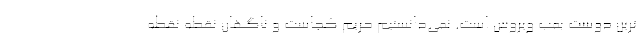
ترین دوست بمب ویروس است. نمی‌دانستیم حریم کجاست و ناگهان نقطه نقطه